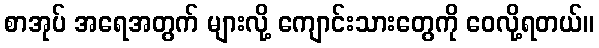
စာအုပ် အရေအတွက် များလို့ ကျောင်းသားတွေကို ဝေလို့ရတယ်။